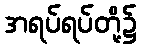
အရပ်ရပ်တို့၌